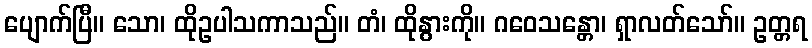
ပျောက်ပြီ။ သော၊ ထိုဥပါသကာသည်။ တံ၊ ထိုနွားကို။ ဂဝေသန္တော၊ ရှာလတ်သော်။ ဥတ္တရ